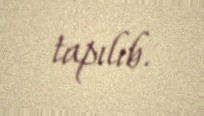
tapılıb.